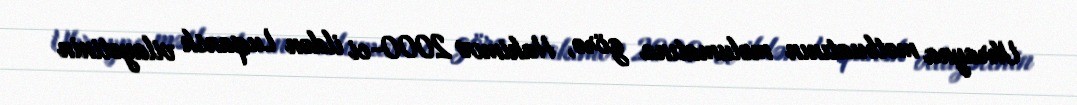
Ukrayna mətbuatının məlumatına görə, Hakimov 2000-ci ildən Luqansk vilayətinin